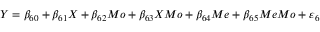
Y = \beta _ { 6 0 } + \beta _ { 6 1 } X + \beta _ { 6 2 } M o + \beta _ { 6 3 } X M o + \beta _ { 6 4 } M e + \beta _ { 6 5 } M e M o + \varepsilon _ { 6 }